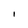
Character: I